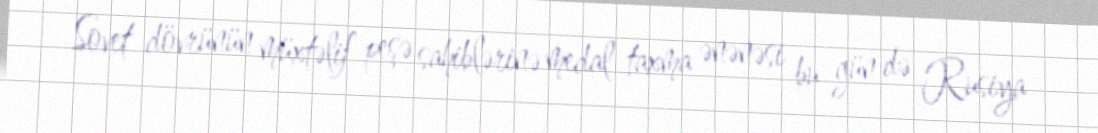
Sovet dövrünün müxtəlif peşə sahiblərinə medal taxma ənənəsi bu gün də Rusiya